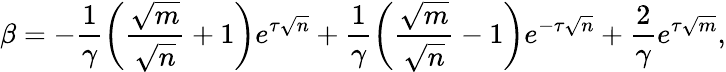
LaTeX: \beta=-\frac{1}{\gamma}\left(\frac{\sqrt{m}}{\sqrt{n}}+1\right)e^{\tau\sqrt{n}}+\frac{1}{\gamma}\left(\frac{\sqrt{m}}{\sqrt{n}}-1\right)e^{-\tau\sqrt{n}}+\frac{2}{\gamma}e^{\tau\sqrt{m}},